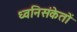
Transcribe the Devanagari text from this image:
ध्वनिसंकेतों